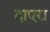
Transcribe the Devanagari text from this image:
दाएरा